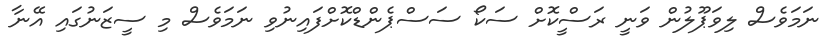
ނަމަވެސް ލިވަޕޫލުން ވަނީ ރަސްީކޮށް ސަކޯ ސަސްޕެންޑްކޮށްފައިނުވި ނަމަވެސް މި ސީޒަނުގައި އޭނާ